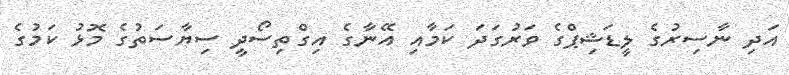
އަދި ނާސިރުގެ ލީޑަޝިޕްގެ ވަރުގަދަ ކަމާއި އޭނާގެ އިގްތިސޯދީ ސިޔާސަތުގެ މޮޅު ކަމުގެ